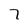
Character: 7